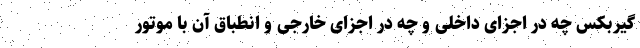
گیربکس چه در اجزای داخلی و چه در اجزای خارجی و انطباق آن با موتور